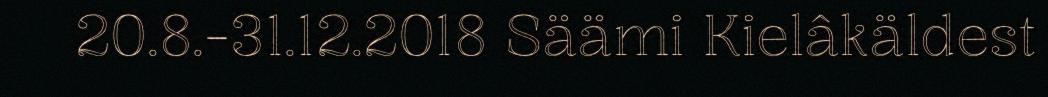
20.8.-31.12.2018 Säämi Kielâkäldest